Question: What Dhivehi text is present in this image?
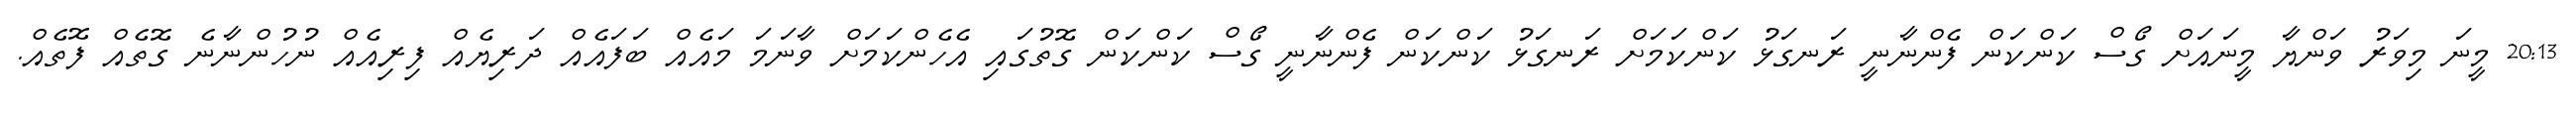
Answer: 20:13 މީނަ މިވަރު ވަންޔާ މީނައަށް ގޯސް ކަންކަން ފެންނާނީ ރަނގަޅު ކަންކަމަށް ރަނގަޅު ކަންކަން ފެންނާނީ ގޯސް ކަންކަން ގޮތުގައި އެހެންކަމަށް ވާނަމަ މައެއް ބަފައެއް ދަރިޔެއް ފިރިއެއް ނުހުންނާނެ ގޮތެއް ފޮތެއް.